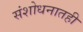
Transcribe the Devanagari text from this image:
संशोधनातही